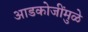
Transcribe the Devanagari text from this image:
आडकोजींमुळे